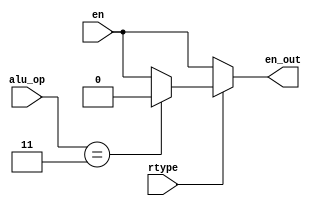
module nop_reg_wr(
	input rtype,
	input [1:0] alu_op,
	input en,
	output reg en_out
);

	always @ *
	begin
	
		if(rtype == 0) begin
		
			en_out = en;
		
		end
		else begin
		
			if(alu_op == 2'b11) begin
			
				en_out = 0;
			
			end
			else begin
			
				en_out = en;
			
			end
		
		end
	
	end

endmodule